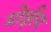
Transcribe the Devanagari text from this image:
मोक्षीय